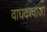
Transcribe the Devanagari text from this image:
वाघदरवाजा